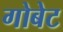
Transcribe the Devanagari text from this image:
गोबेट